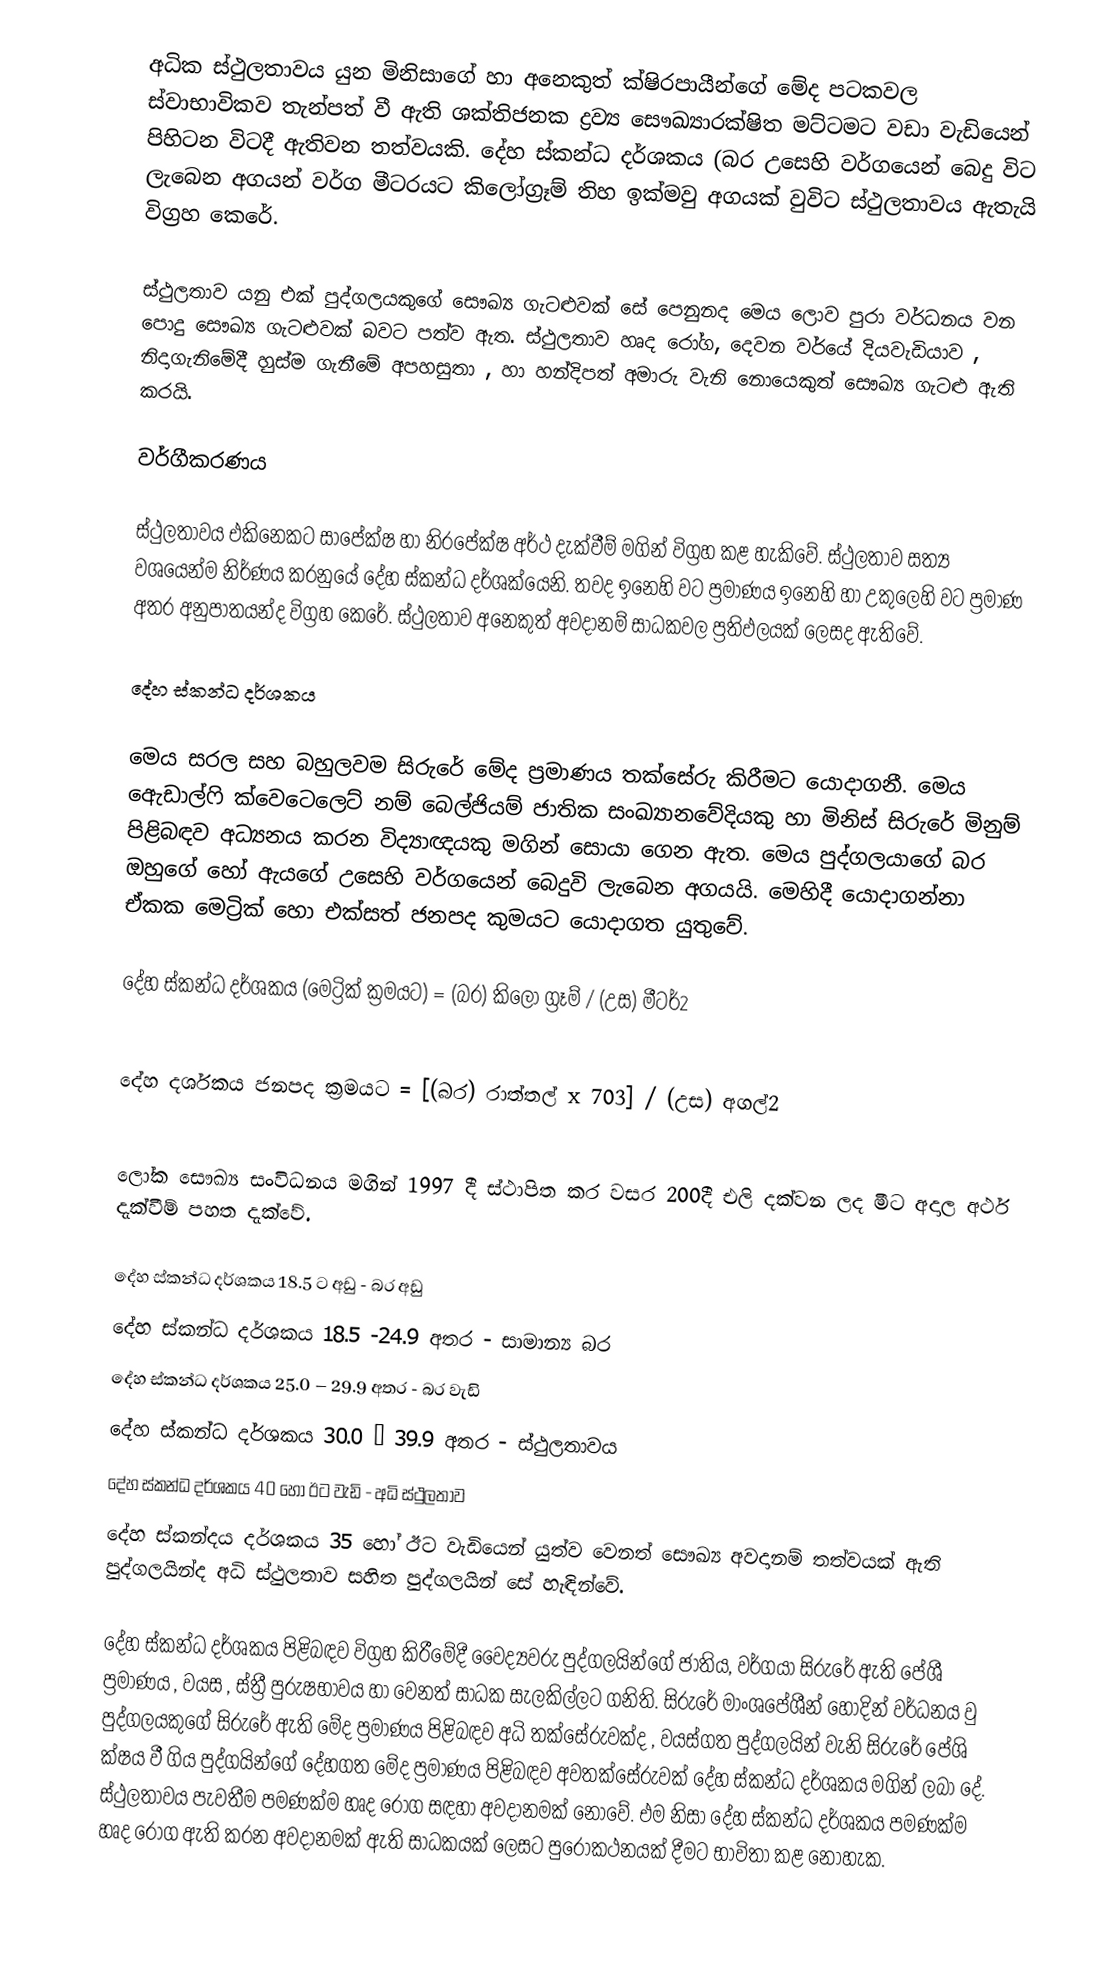
අධික ස්ථුලතාවය යුන මිනිසාගේ හා ‍අනෙකුත් ක්ෂිරපායීන්ගේ මේද පටකවල ස්වාභාවිකව තැන්පත් වී ඇති ශක්තිජනක ද්‍රව්‍ය සෞඛ්‍යාරක්ෂිත මට්ටමට වඩා වැඩියෙන් පිහිටන විටදී ඇතිවන තත්වයකි. දේහ ස්කන්ධ දර්ශකය (බර උසෙහි වර්ගයෙන් බෙදු විට ලැබෙන අගයන් වර්ග මීටරයට කිලෝග්‍රෑම් තිහ ඉක්මවු අගයක් වුවිට ස්ථුලතාවය ඇතැයි විග්‍රහ කෙරේ.

ස්ථුලතාව යනු එක් පුද්ගලයකුගේ සෞඛ්‍ය ගැටළුවක් සේ පෙනුනද මෙය ලොව පුරා වර්ධනය වන පොදු සෞඛ්‍ය ගැටළුවක් බවට පත්ව ඇත. ස්ථුලතාව හෘද රෝග, දෙවන වර්යේ දියවැඩියාව , නිදාගැනිමේදී හුස්ම ගැනීමේ අපහසුතා , හා හන්දිපත් අමාරු වැනි නොයෙකුත් සෞඛ්‍ය ගැටළු ඇති කරයි.

වර්ගීකරණය

ස්ථුලතාවය එකිනෙකට සාපේක්ෂ හා නිරපේක්ෂ අර්ථ දැක්වීම් මගින් විග්‍රහ කළ හැකිවේ. ස්ථුලතාව සත්‍ය වශයෙන්ම නිර්ණය කරනුයේ දේහ ස්කන්ධ දර්ශක්යෙනි. තවද ඉනෙහි වට ප්‍රමාණය ඉනෙහි හා උකුලෙහි වට ප්‍රමාණ අතර අනුපාතයන්ද විග්‍රහ කෙරේ. ස්ථුලතාව අනෙකුත් අවදානම් සාධකවල ප්‍රතිඵලයක් ලෙසද ඇතිවේ.

දේහ ස්කන්ධ දර්ශකය

මෙය සරල සහ බහුලවම සිරුරේ මේද ප්‍රමාණය තක්සේරු කිරීමට යොදාගනී. මෙය ඇ‍ෙඩාල්ෆි ක්වෙටෙලෙට් නම් බෙල්ජියම් ජාතික සංඛ්‍යානවේදියකු හා මිනිස් සිරුරේ මිනුම් පිළිබඳව අධ්‍යනය කරන විද්‍යාඥයකු මගින් සොයා ගෙන ඇත. මෙය පුද්ගලයා‍ගේ බර ඔහුගේ හෝ ඇයගේ උසෙහි වර්ගයෙන් බෙදුවි ලැබෙන අගයයි. මෙහිදී යොදාගන්නා ඒකක මෙට්‍රික් හො එක්සත් ජනපද කුමයට යොදාගත යුතුවේ.

දේහ ස්කන්ධ දර්ශකය (මෙට්‍රික් ක්‍රමයට)	=	(බර) කිලෝ ග්‍රෑම් / (උස) මීටර්2

දේහ දර්ශකය ජනපද ක්‍රමයට		=	[(බර) ර‍ාත්තල් x 703] / (උස) අගල්2

ලෝක සෞඛ්‍ය සංවිධනය මගින් 1997 දී ස්ථාපිත කර වසර 200දී එලි දක්වන ලද මීට අදාල අර්ථ දැක්වීම් පහත දැක්වේ.

දේහ ස්කන්ධ දර්ශකය 	18.5 ට අඩු - බර අඩු
දේහ ස්කන්ධ දර්ශකය 18.5 -24.9 අතර - සාමාන්‍ය බර
දේහ ස්කන්ධ දර්ශකය 25.0 – 29.9 අතර - බර වැඩි
දේහ ස්කන්ධ දර්ශකය 30.0 – 39.9 අතර - ස්ථුලතාවය
දේහ ස්කන්ධ දර්ශකය 40 හෝ ඊට වැඩි - අධි ස්ථුලතාව
දේහ ස්කන්දය දර්ශකය 35 හෝ ඊට වැඩියෙන් යුත්ව වෙනත් සෞඛ්‍ය අවදානම් තත්වයක් ඇති පුද්ගලයින්ද අධි ස්ථුලතාව සහිත පුද්ගලයින් සේ හැඳින්වේ.

දේහ ස්කන්ධ දර්ශකය පිළිබඳව විග්‍රහ කිරීමේදී වෛද්‍යවරු පුද්ගලයින්ගේ ජාතිය, වර්ගයා සිරුරේ ඇති පේශී ප්‍රමාණය , වයස , ස්ත්‍රී පුරුෂභාවය හා වෙනත් සාධක සැලකිල්ලට ගනිති. සිරුරේ මාංශ‍පේශීන් හොදින් වර්ධනය වු පුද්ගලයකුගේ සිරුරේ ඇති මේද ප්‍රමාණය පිළිබඳව අධි තක්සේරුවක්ද , වයස්ගත පුද්ගලයින් වැනි සිරුරේ පේශි ක්ෂය වී ගිය පුද්ගයින්ගේ දේහගත මේද ප්‍රමාණය පිළිබඳව අවතක්සේරුවක් දේහ ස්කන්ධ දර්ශකය මගින් ලබා දේ. ස්ථුලතාවය පැවතීම පමණක්ම හෘද රෝග සඳහා අවදානමක් නොවේ. එම නිසා දේහ ස්කන්ධ දර්ශකය පමණක්ම හෘද රෝග ඇති කරන අවදානමක් ඇති සාධකයක් ලෙසට පුරෝකථනයක් දීමට භාවිතා කළ නොහැක.